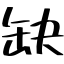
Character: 缺